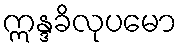
ဣန္ဒခိလုပမော